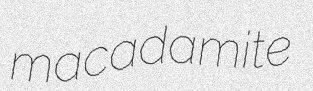
macadamite